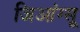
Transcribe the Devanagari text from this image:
जिआंग्सू